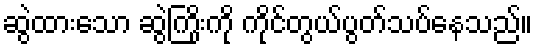
ဆွဲထားသော ဆွဲကြိုးကို ကိုင်တွယ်ပွတ်သပ်နေသည်။